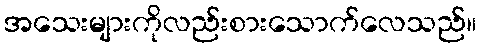
အသေးများကိုလည်းစားသောက်လေသည်။